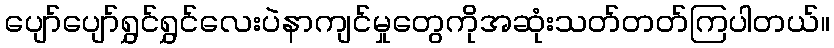
ပျော်ပျော်ရွှင်ရွှင်လေးပဲနာကျင်မှုတွေကိုအဆုံးသတ်တတ်ကြပါတယ်။